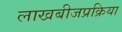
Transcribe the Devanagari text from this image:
लाखबीजप्रक्रिया